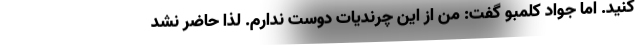
کنید. اما جواد کلمبو گفت: من از این چرندیات دوست ندارم. لذا حاضر نشد